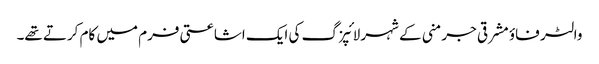
والٹر فاؤ مشرقی جرمنی کے شہر لائپزگ کی ایک اشاعتی فرم میں کام کرتے تھے۔